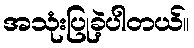
အသုံးပြုခဲ့ပါတယ်။